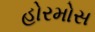
હોરમોસ